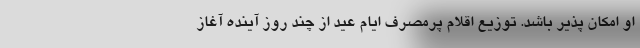
او امکان پذیر باشد. توزیع اقلام پرمصرف ایام عید از چند روز آینده آغاز